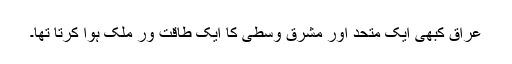
عراق کبھی ایک متحد اور مشرق وسطیٰ کا ایک طاقت ور ملک ہوا کرتا تھا۔